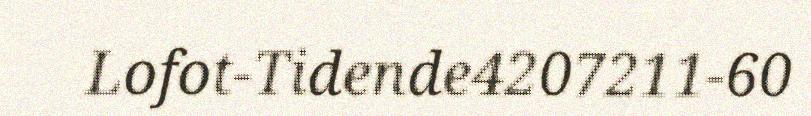
Lofot-Tidende4207211-60